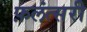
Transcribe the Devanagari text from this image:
फ़लंत्सरी